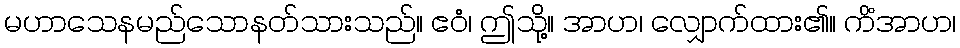
မဟာသေနမည်သောနတ်သားသည်။ ဧဝံ၊ ဤသို့။ အာဟ၊ လျှောက်ထား၏။ ကိံအာဟ၊